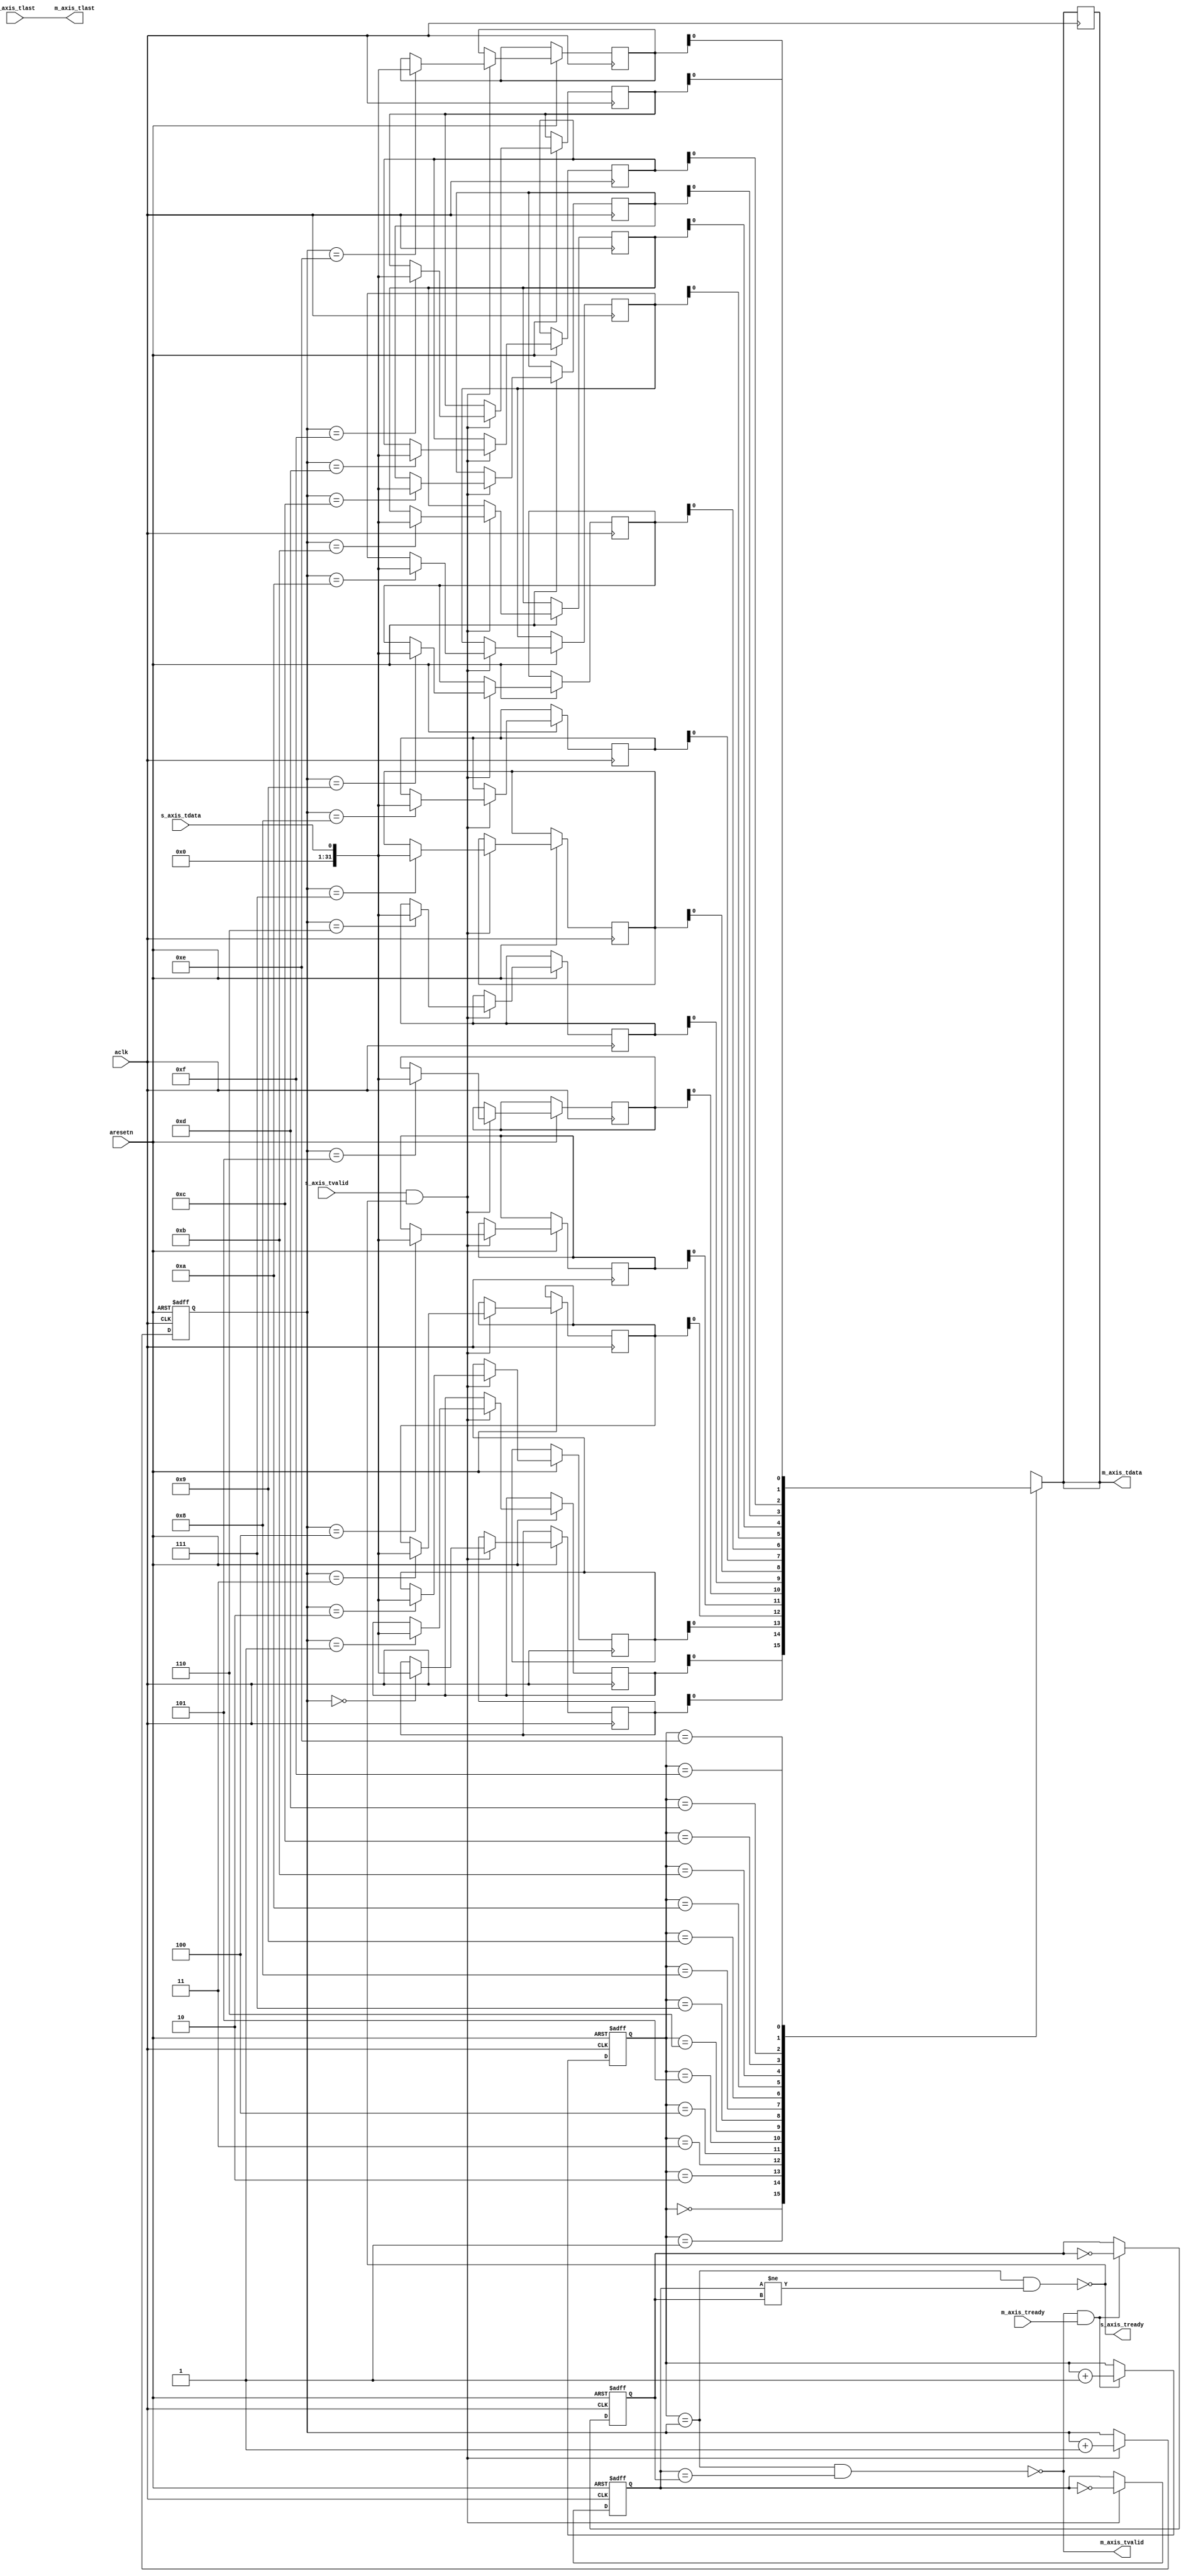
module axi_data_fifo(
  input aclk,        // AXI clock
  input aresetn,     // AXI reset (active low)
  input s_axis_tvalid, // Stream input valid signal
  input s_axis_tdata,  // Stream input data
  input s_axis_tlast,  // Stream input last signal
  output s_axis_tready, // Stream input ready signal
  output m_axis_tvalid, // Stream output valid signal
  output m_axis_tdata,  // Stream output data
  output m_axis_tlast,  // Stream output last signal
  input m_axis_tready // Stream output ready signal
);

  // Define parameters
  parameter DATA_WIDTH = 32;     // Data width of stream
  parameter DEPTH = 16;          // Depth of FIFO
  parameter ADDR_WIDTH = $clog2(DEPTH); // Address width
  parameter ID_WIDTH = 1;        // ID width

  // Define local variables
  reg [(DATA_WIDTH-1):0] mem[0:(DEPTH-1)]; // Memory array
  reg [(ADDR_WIDTH-1):0] r_ptr, w_ptr; // Read/write pointers
  reg [ID_WIDTH-1:0] wr_id, rd_id; // Write/read IDs
  wire empty = (r_ptr == w_ptr) && (wr_id == rd_id);
  wire full = (r_ptr == w_ptr) && (wr_id != rd_id);

  // Control logic
  always @(posedge aclk or negedge aresetn) begin
    if (!aresetn) begin
      r_ptr <= 0;
      w_ptr <= 0;
      wr_id <= 0;
      rd_id <= 0;
    end else begin
      if (s_axis_tvalid && s_axis_tready) begin
        // Write data to memory
        mem[w_ptr] <= s_axis_tdata;
        wr_id <= ~wr_id;
        w_ptr <= w_ptr + 1;
      end

      if (m_axis_tvalid && m_axis_tready) begin
        // Read data from memory
        m_axis_tdata <= mem[r_ptr];
        rd_id <= ~rd_id;
        r_ptr <= r_ptr + 1;
      end
    end
  end

  // Output logic
  assign s_axis_tready = !full;
  assign m_axis_tvalid = !empty;
  assign m_axis_tlast = s_axis_tlast;
  assign m_axis_tdata = mem[r_ptr];

endmodule